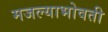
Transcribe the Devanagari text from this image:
मजल्याभोवती